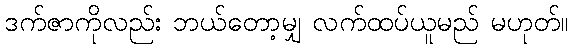
ဒက်ဇာကိုလည်း ဘယ်တော့မျှ လက်ထပ်ယူမည် မဟုတ်။